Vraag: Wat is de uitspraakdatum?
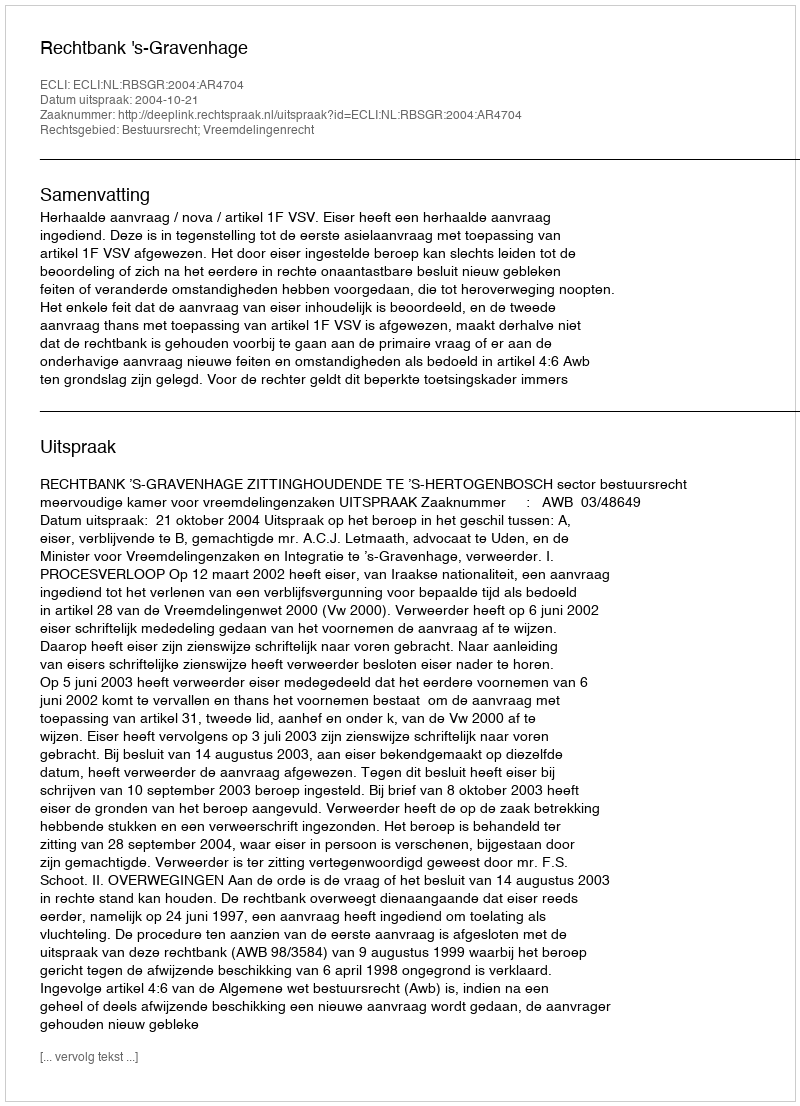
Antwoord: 2004-10-21